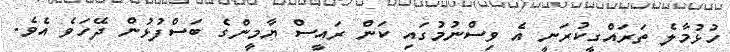
ހުޅުމާލެ ތަރައްގީކުރަނީ އެ ވިސްނުމުގައި ކަން ރައީސް ޔާމީންގެ ބަސްފުޅުން ދޭހަވެ އެވެ.